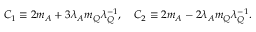
\displaystyle C _ { 1 } \equiv 2 m _ { A } + 3 \lambda _ { A } m _ { Q } \lambda _ { Q } ^ { - 1 } , \quad \displaystyle C _ { 2 } \equiv 2 m _ { A } - 2 \lambda _ { A } m _ { Q } \lambda _ { Q } ^ { - 1 } .